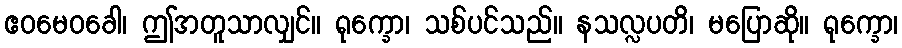
ဧဝမေဝခေါ၊ ဤအတူသာလျှင်။ ရုက္ခော၊ သစ်ပင်သည်။ နသလ္လပတိ၊ မပြောဆို။ ရုက္ခော၊